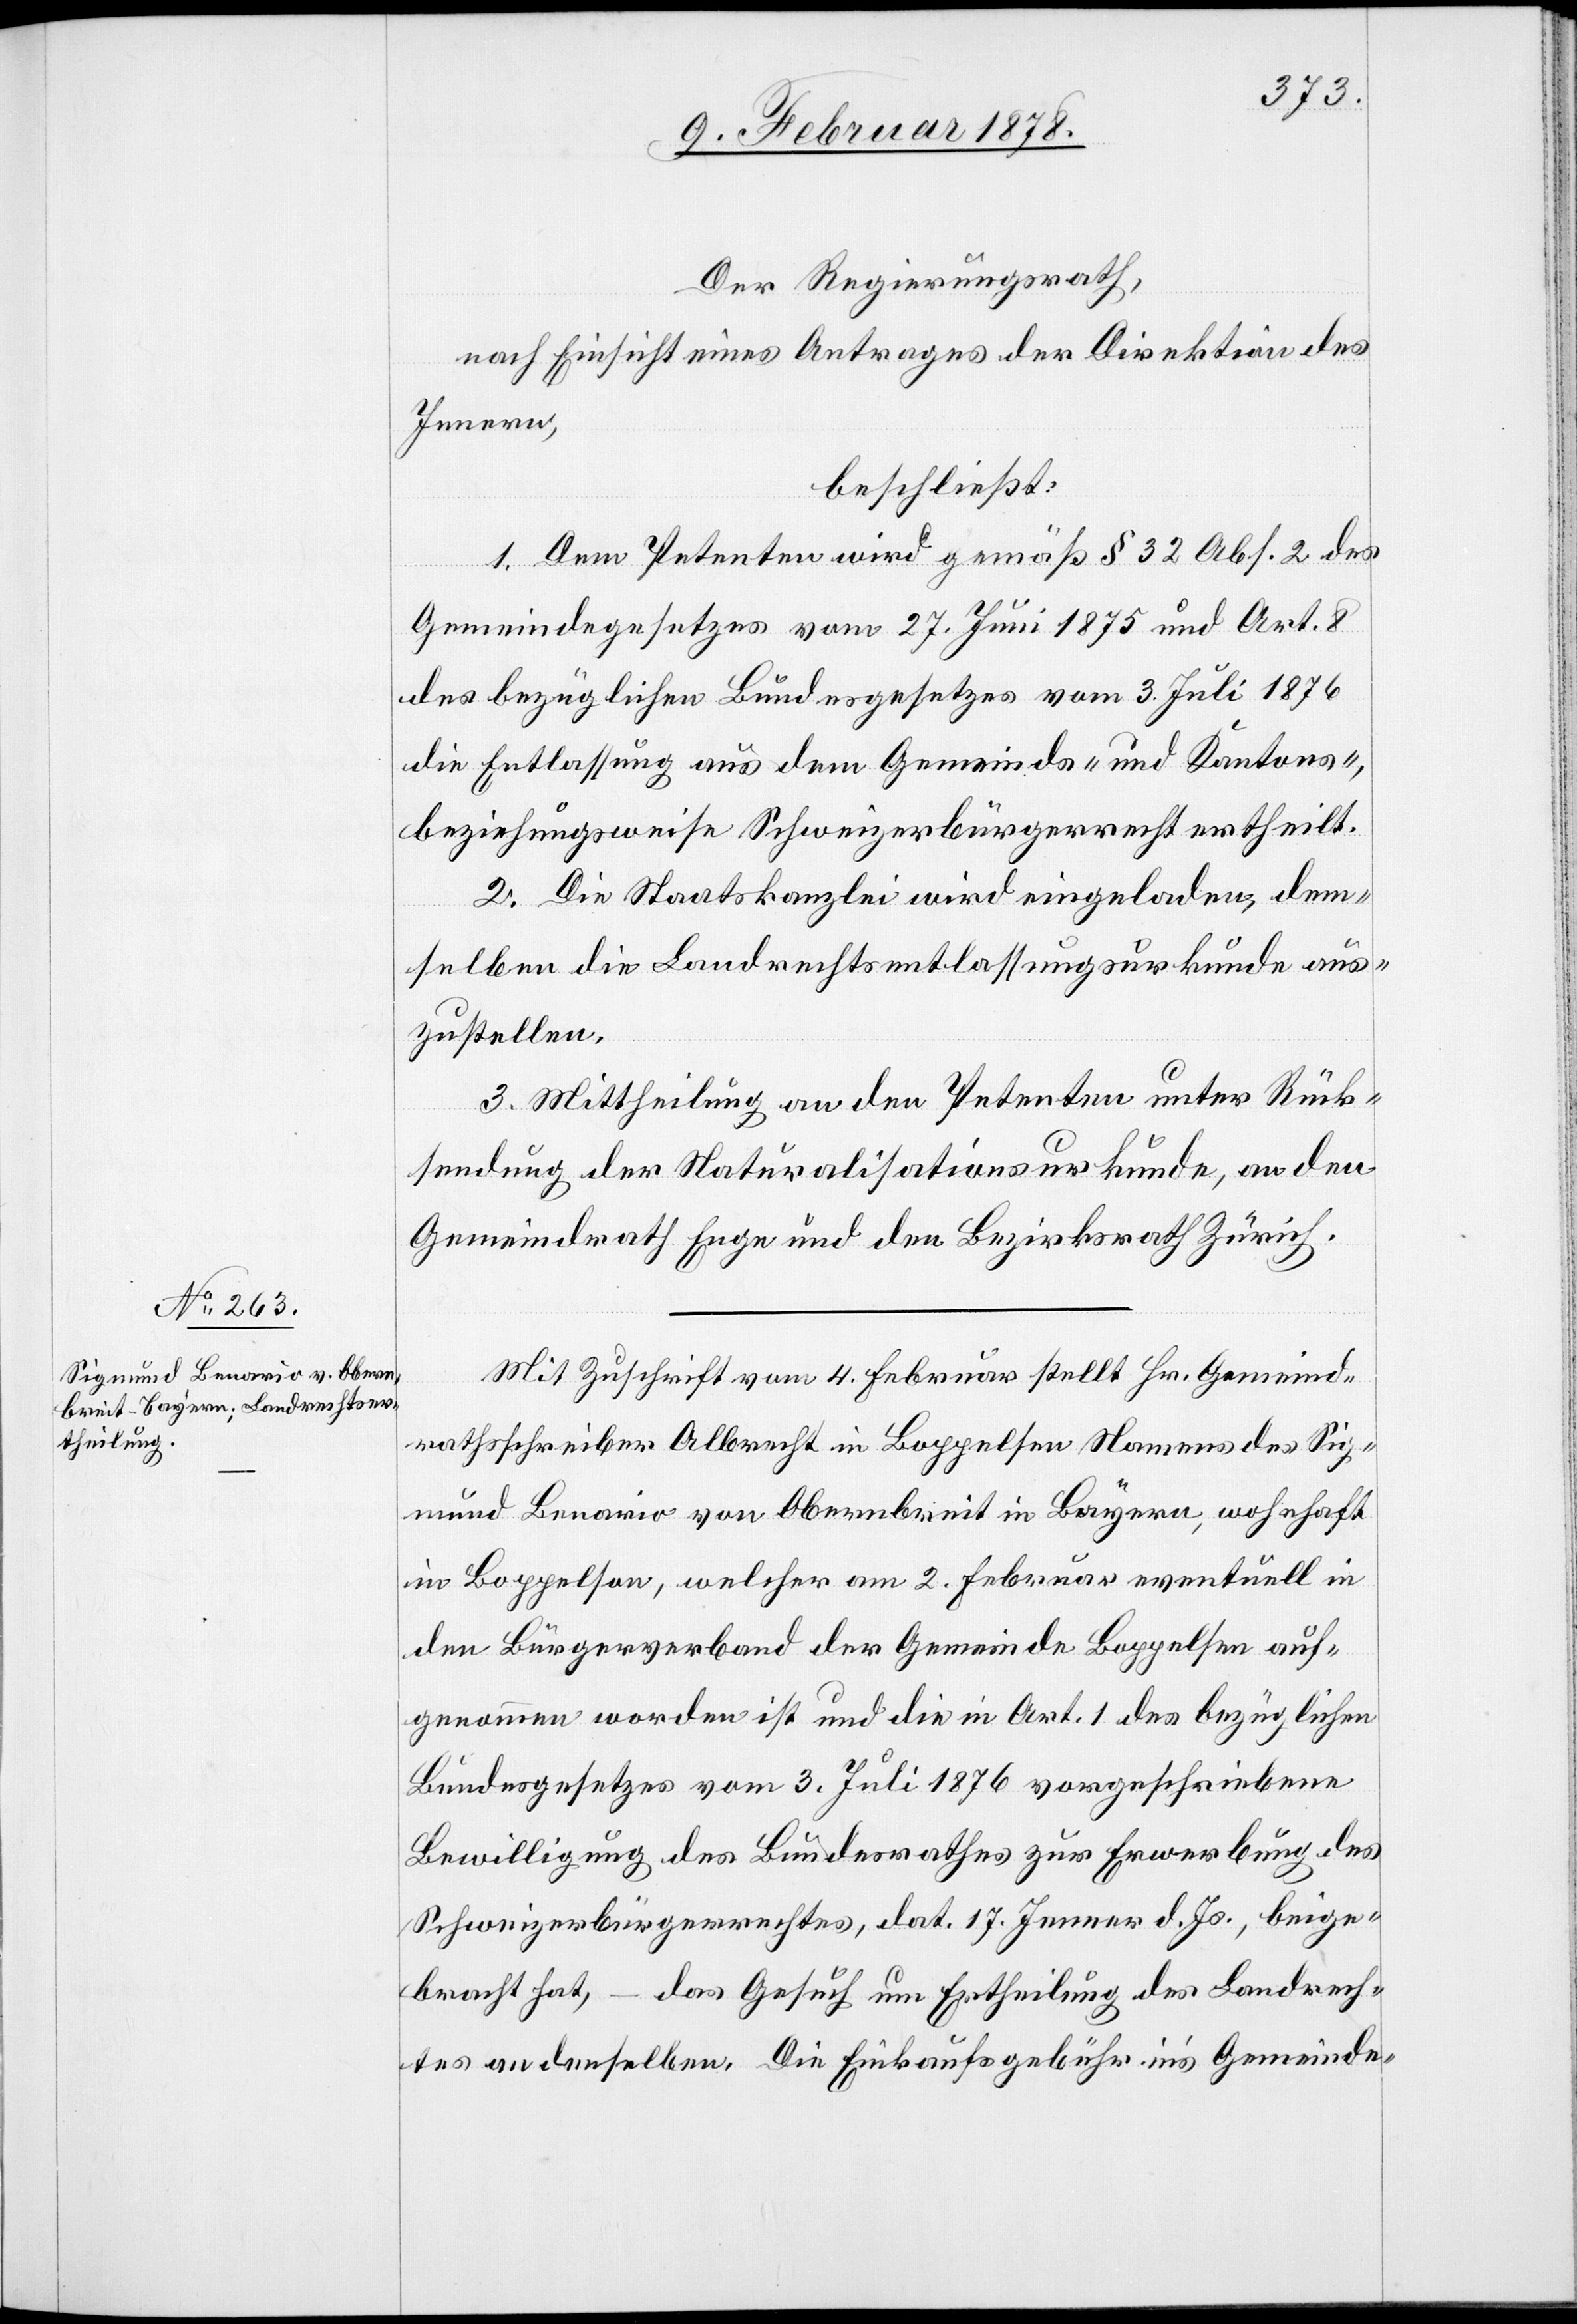
Der Regierungsrath,
nach Einsicht eines Antrages der Direktion des
Innern,
beschließt:
1. Dem Petenten wird gemäß § 32 Abs. 2 des
Gemeindegesetzes vom 27. Juni 1875 und Art. 8
des bezüglichen Bundesgesetzes vom 3. Juli 1876
die Entlassung aus dem Gemeinds- und Kantons-,
beziehungsweise Schweizerbürgerrecht ertheilt.
2. Die Staatskanzlei wird eingeladen, dem¬
selben die Landrechtsentlassungsurkunde aus¬
zustellen.
3. Mittheilung an den Petenten unter Rück¬
sendung der Naturalisationsurkunde, an den
Gemeindrath Enge und den Bezirksrath Zürich.
Mit Zuschrift vom 4. Februar stellt Hr. Gemeind¬
rathsschreiber Albrecht in Boppelsen Namens des Sig¬
mund Benario von Obernbreit in Bayern, wohnhaft
in Boppelsen, welcher am 2. Februar eventuell in
den Bürgerverband der Gemeinde Boppelsen auf¬
genommen worden ist und die in Art. 1 des bezüglichen
Bundesgesetzes vom 3. Juli 1876 vorgeschriebene
Bewilligung des Bundesrathes zur Erwerbung des
Schweizerbürgerrechtes, dat. 17. Jenner d. Js., beige¬
bracht hat, – das Gesuch um Ertheilung des Landrech¬
tes an denselben. Die Einkaufsgebühr in’s Gemeinde-